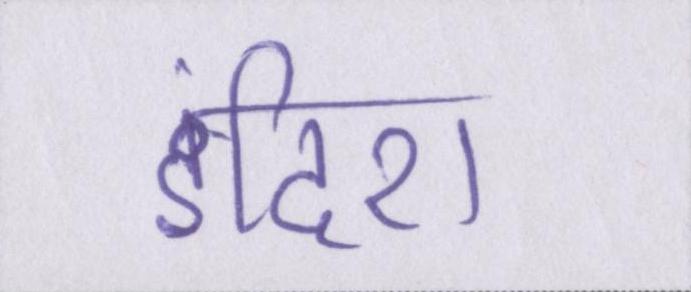
इंदिरा